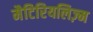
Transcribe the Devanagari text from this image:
मैटिरियलिज़्म